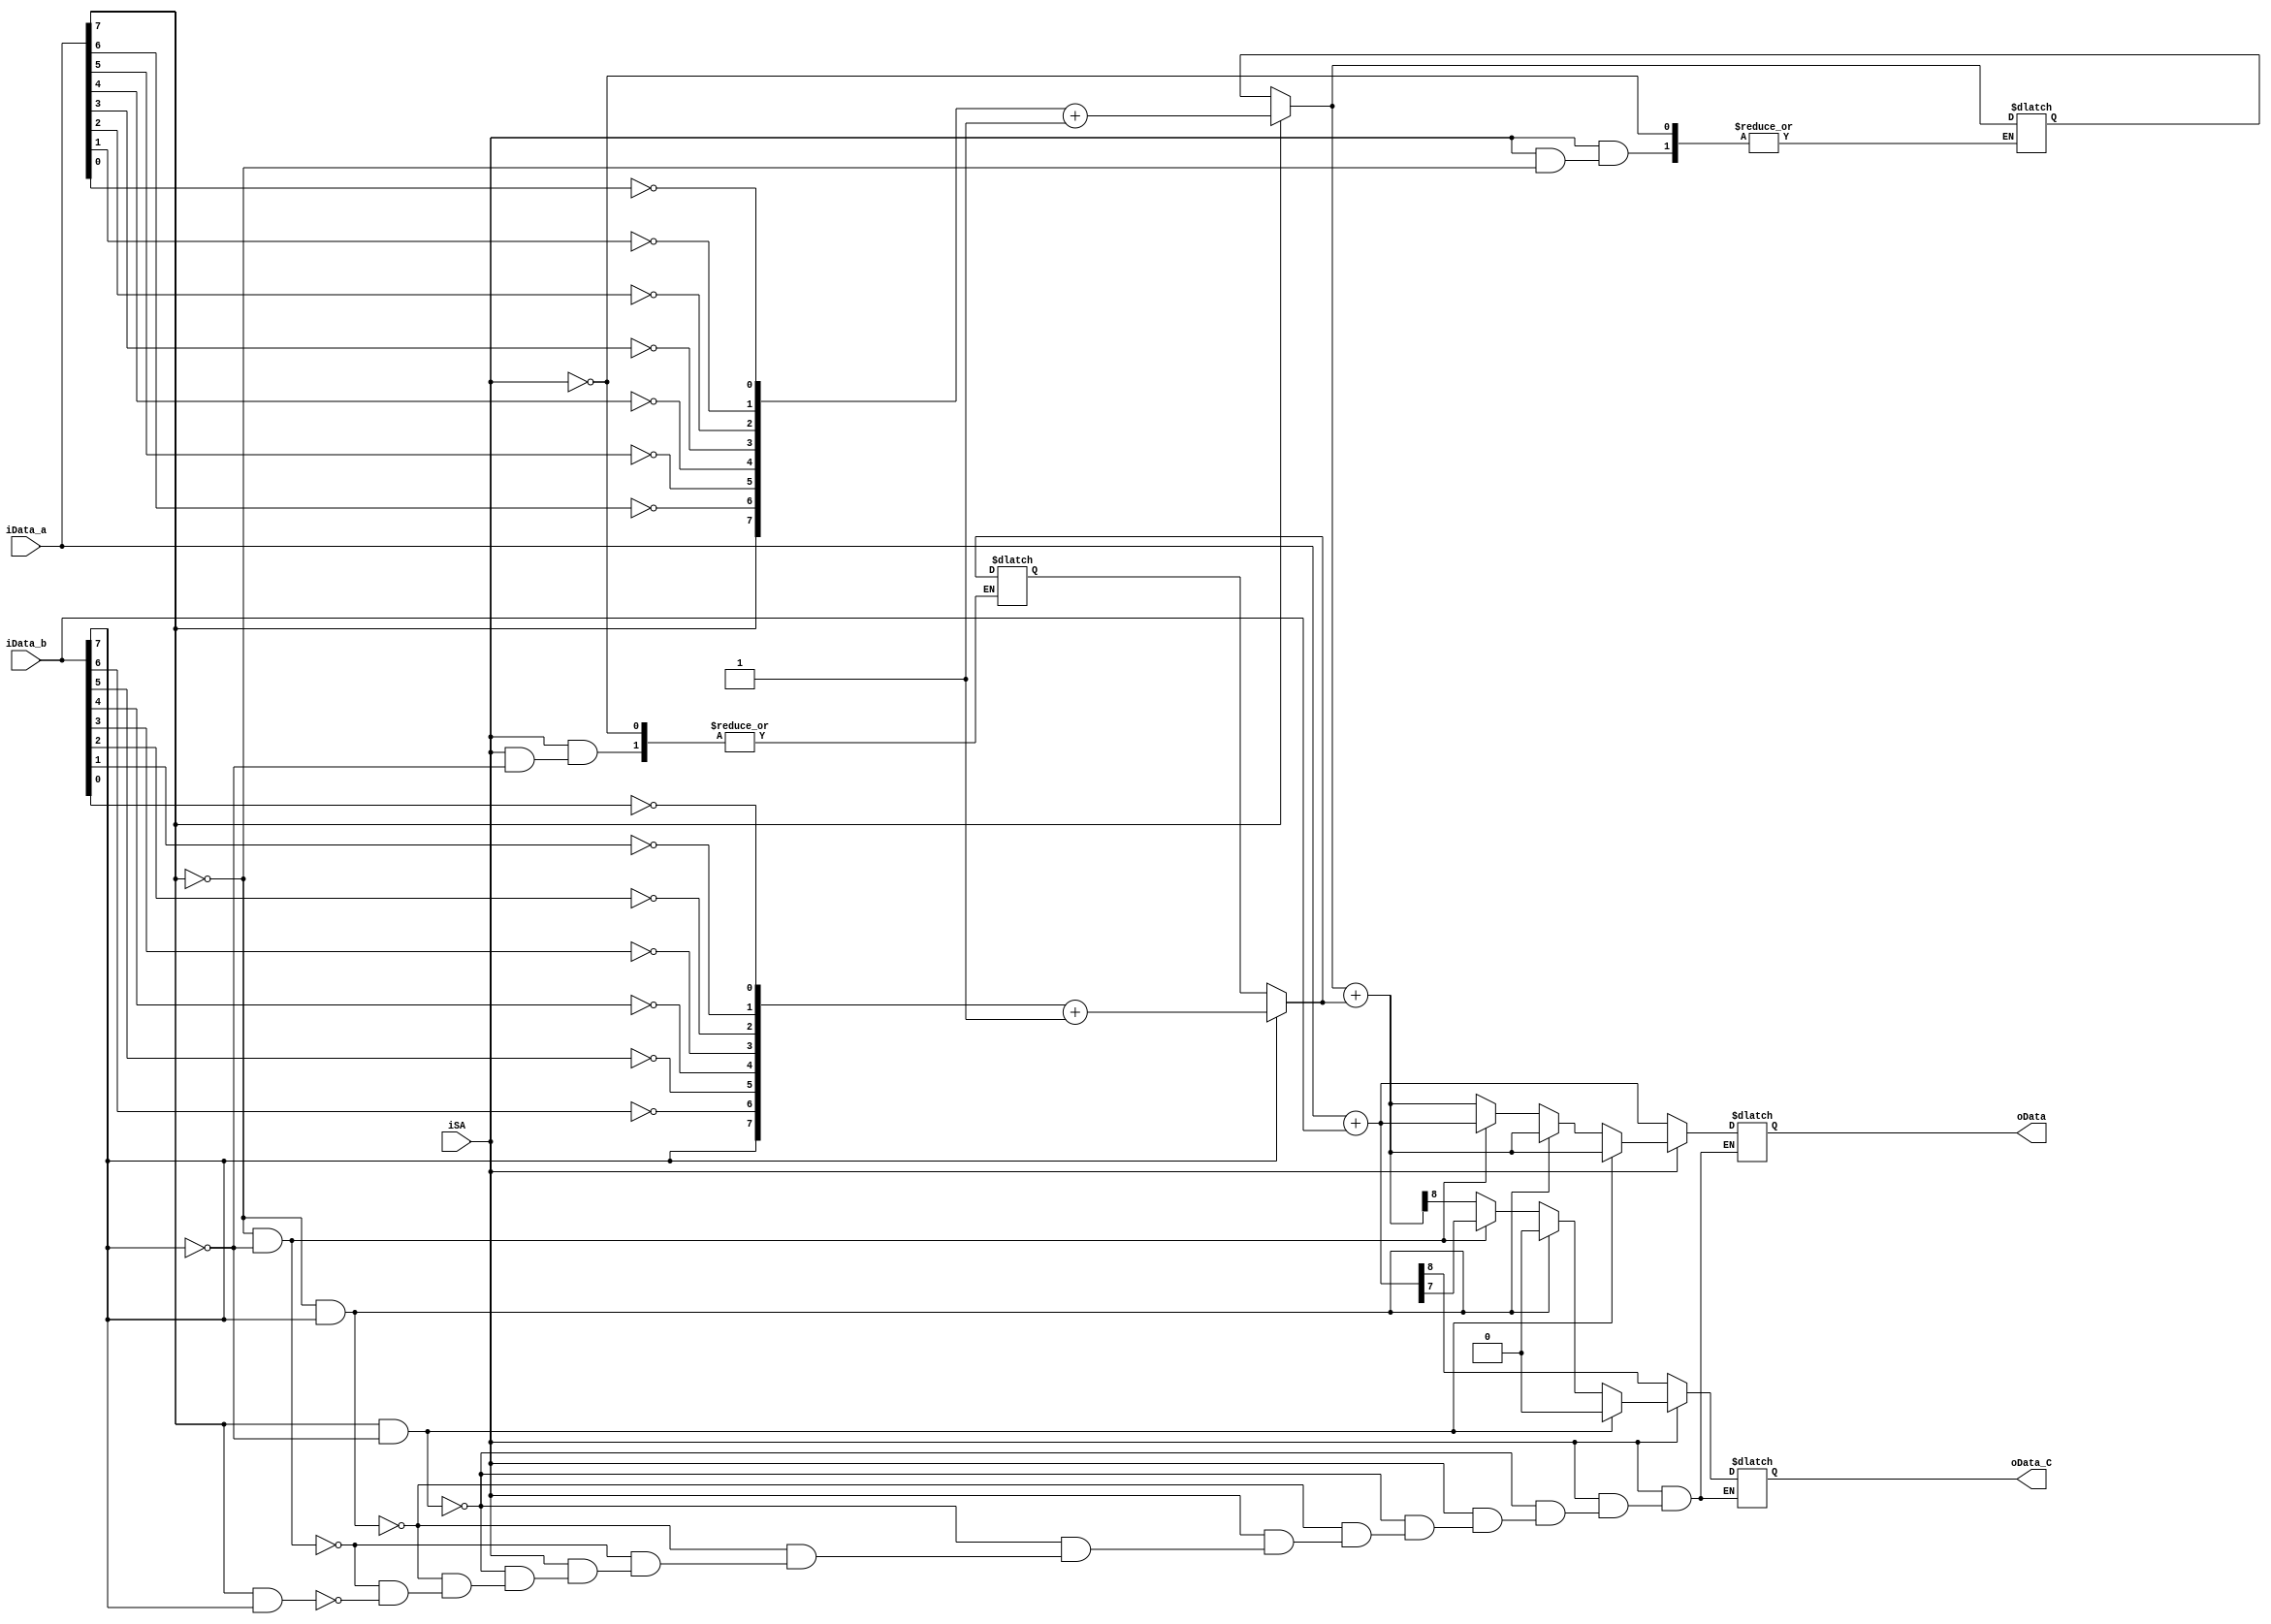
`timescale 1ns / 1ps
//////////////////////////////////////////////////////////////////////////////////
// Company: 
// Engineer: 
// 
// Design Name: 
// Module Name: Adder_pcreg
// Project Name: 
// Target Devices: 
// Tool Versions: 
// Description: 
// 
// Dependencies: 
// 
// Revision:
// Revision 0.01 - File Created
// Additional Comments:
// 
//////////////////////////////////////////////////////////////////////////////////


module Adder(input iSA,input [7:0]iData_a,input [7:0]iData_b,output reg [8:0]oData,output reg oData_C);
reg [7:0]iData_A;
reg [7:0]iData_B; 
always@(*)
begin
case(iSA)
1'b1:
begin
//oData={iData_a[7],iData_a}+{iData_b[7],iData_b};
if(iData_a[7]==1)
begin iData_A=iData_a;iData_A[6]=~iData_a[6];iData_A[5]=~iData_a[5];iData_A[4]=~iData_a[4];iData_A[3]=~iData_a[3];iData_A[2]=~iData_a[2];iData_A[1]=~iData_a[1];iData_A[0]=~iData_a[0];iData_A=iData_A+1;end
if(iData_b[7]==1)
begin iData_B=iData_b;iData_B[6]=~iData_b[6];iData_B[5]=~iData_b[5];iData_B[4]=~iData_b[4];iData_B[3]=~iData_b[3];iData_B[2]=~iData_b[2];iData_B[1]=~iData_b[1];iData_B[0]=~iData_b[0];iData_B=iData_B+1;end
if((iData_a[7]==1&&iData_b[7]==0))
   begin oData=iData_A+iData_B;oData_C=0;end
else if((iData_a[7]==0&&iData_b[7]==1))
   begin oData=iData_A+iData_B;oData_C=0;end
else if((iData_a[7]==0&&iData_b[7]==0))
   begin oData=iData_a+iData_b;oData_C=oData[7];end
else if(((iData_a[7]==1&&iData_b[7]==1)))
     begin oData=iData_A+iData_B;oData_C=oData[8];end  
end
1'b0:begin oData=iData_a+iData_b;oData_C=oData[8];end
default:begin oData_C=1'bx;oData=8'bxxxxxxxx;end
endcase
end
endmodule